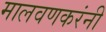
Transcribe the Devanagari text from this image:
मालवणकरंनी